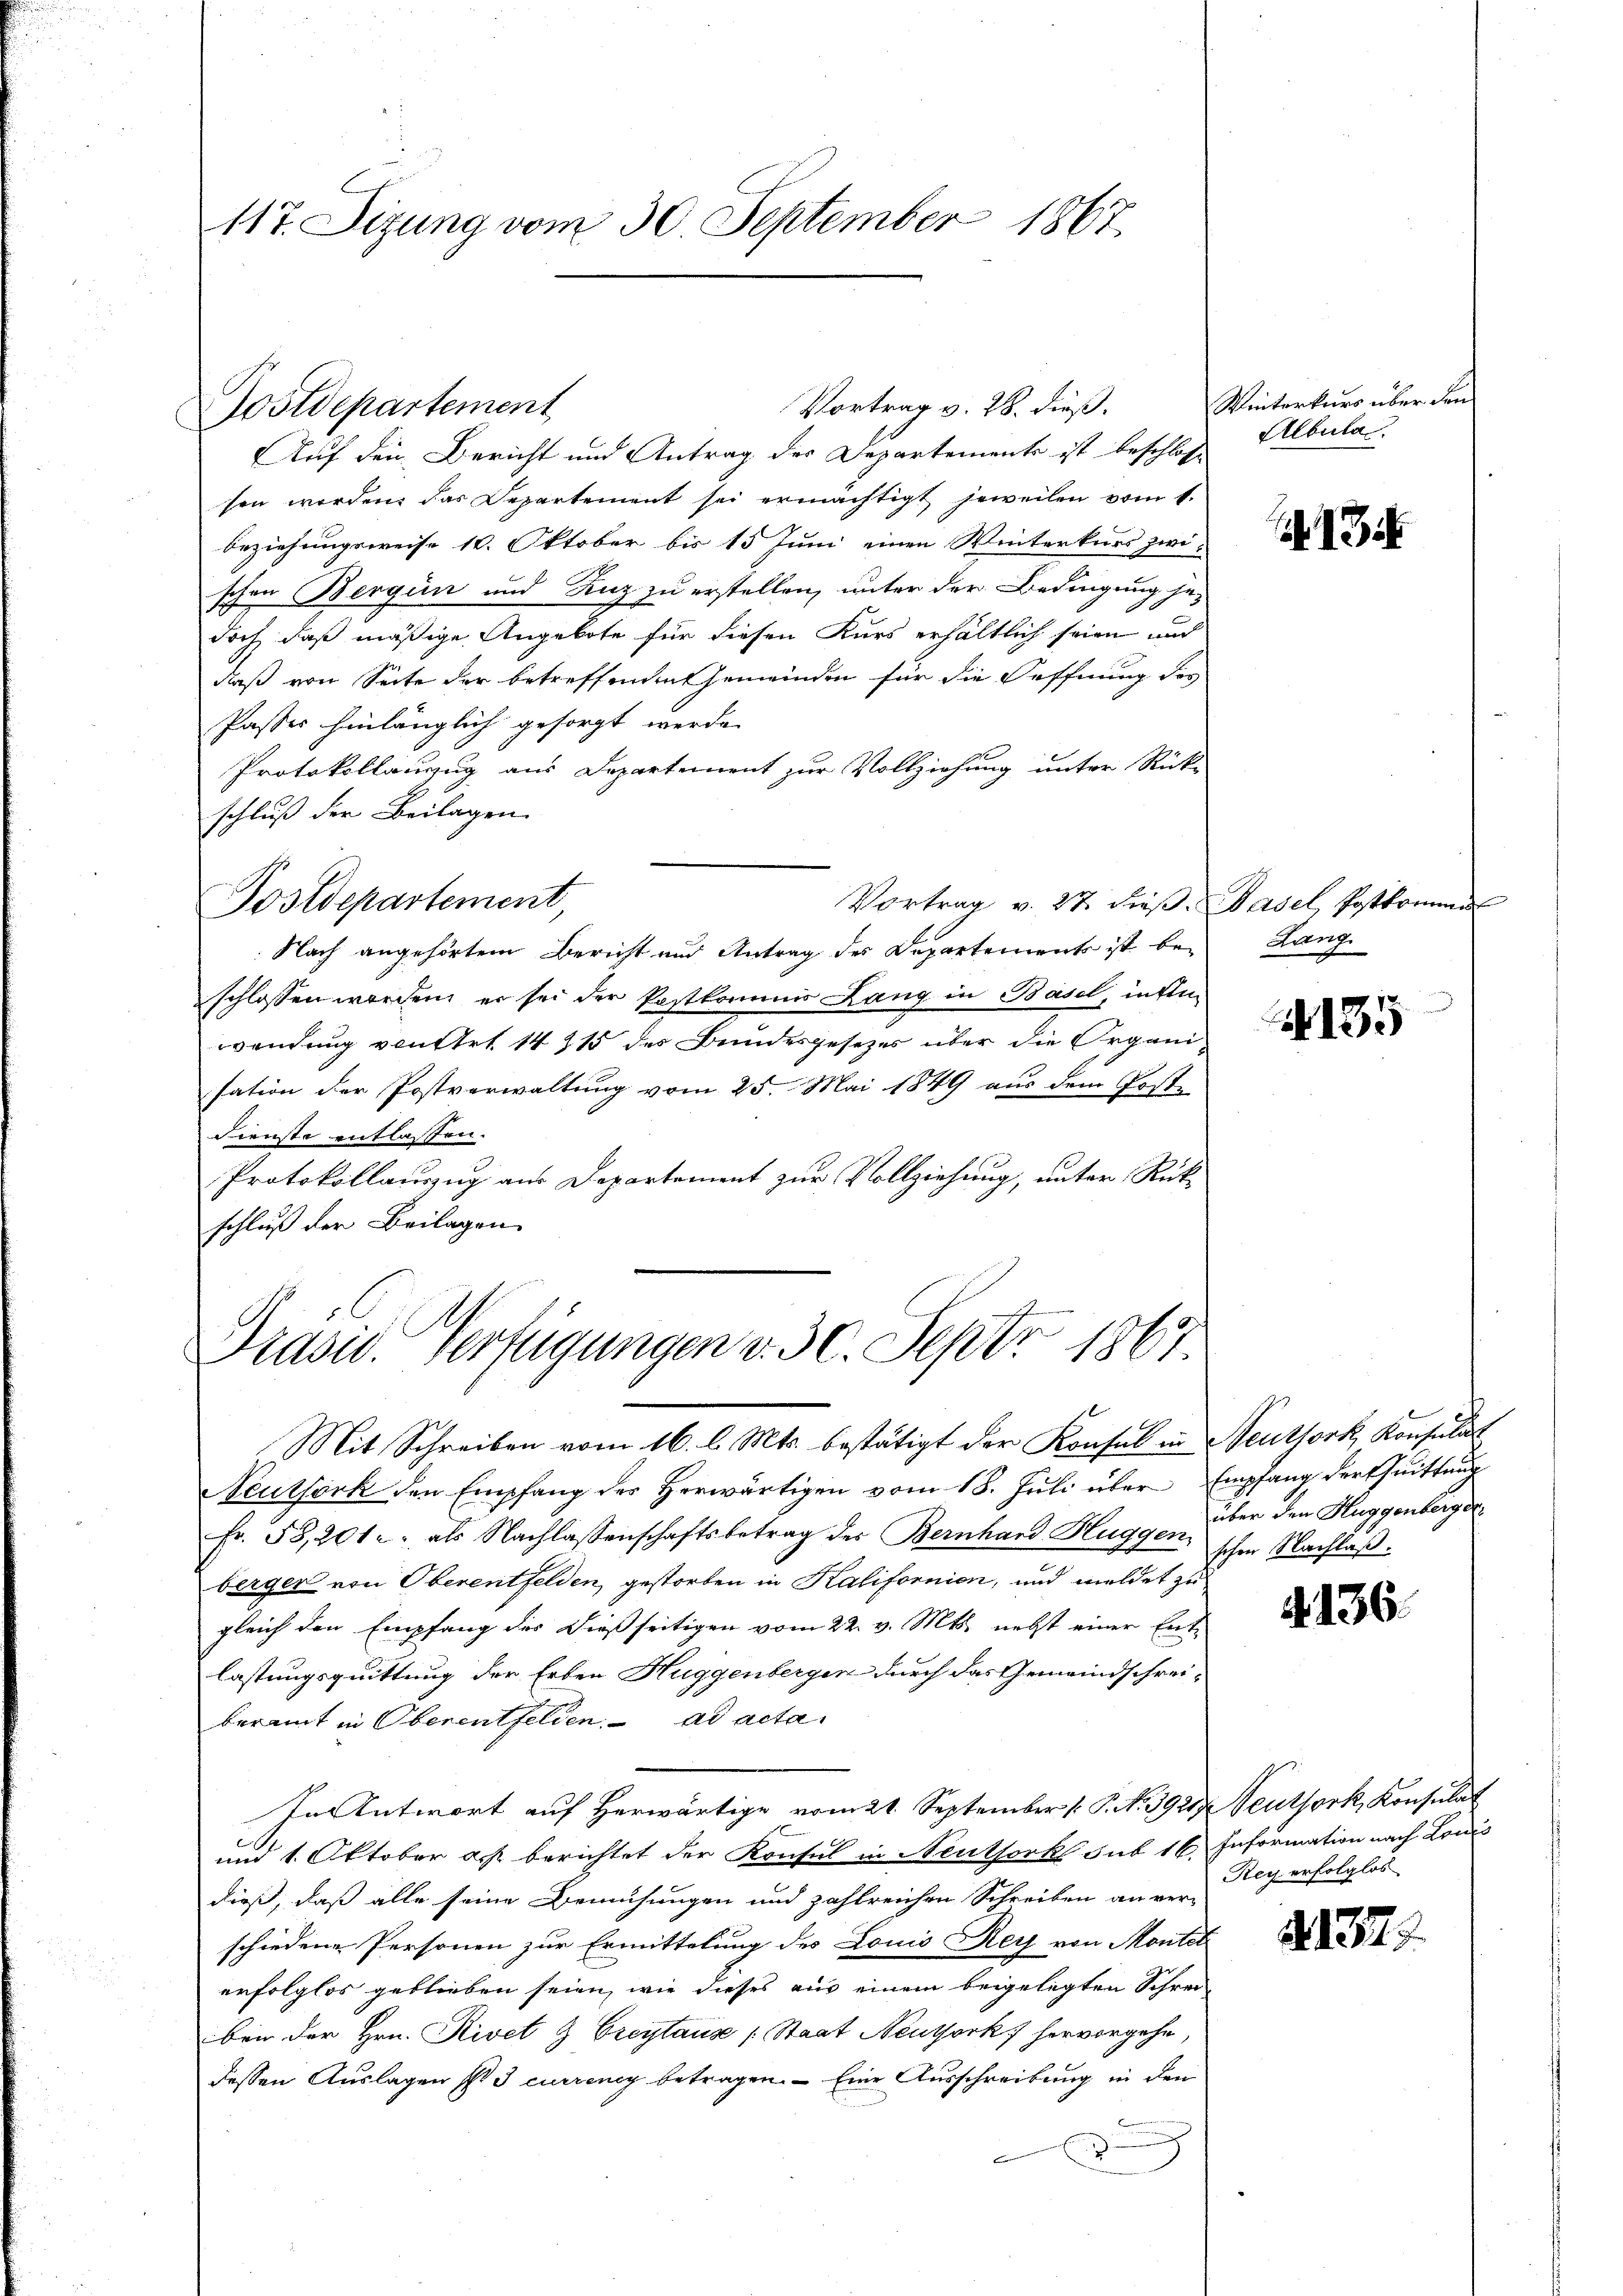
117. Sitzung vom 30. September 1867.

Postdepartement

Auf den Bericht und Antrag der Departements ist beschloss
sen worden, das Departement sei ermächtigt jeweilen vom 1.
beziehungsweise 10. Oktober bis 15 Juni einen Winterkurs zwi-
schen Bergün und Kuz zu erstellen, unter der Bedingung jedoch, daß mäßige Angebote für diesen Kurs erhältlich seien und
daß von Seite der betreffenden Gemeinden für die Oeffnung des
Passes hinlänglich gesorgt werde.
Protokollanzug aus Departement zur Vollziehung unter Rück-
schluß der Beilagen
Vortrag v. 27. dieß. Basel, Postkomme
Postdepartement,
Nach angehörtem Bericht und Antrag des Departements ist beschlossen worden, er sei der Postkommis Lang in Basel, intim
wendung von Art. 14315 des Bundesgesezes über die Organisation der Postverwaltung vom 25. Mai 1849 aus dem Poste
Dienste entlassen.
Protokollauszug aus Departement zur Vollziehung, unter Rück-
schluß der Beilagen

Vortrag v. 28. dieß.

Präsid. Verfügungen v. 30. Sept 1867.

Mit Schreiben vom 16. l. Mts. bestätigt der Konsul in Neuthork Konsulat
Neutförk den Empfang der herwärtigen vom 18. Jŭli über Empfang der Quittung

Winterkurs über den
Albula

Fr. 58, 201 als Nachlassenschaftsbetrag des Bernhard Huggen, schon Nachlaßberger von Oberentfelden, gestorben in Kalifornien, und meldet zu
gleich den Empfang des dießseitigen vom 22. v. Mts. nebst einer Ent-
lastungsquittung der Erben Huggenbergen durch das Gemeindschrei-
beramt in Oberentfelden. ad acta
In Antwort auf herwärtige vom 21. September 1 P. N. 392. Teutjork, Konsulat
b
und 1. Oktober a. berichtet der Konsul in Neuthork sub 16. Information nach Louis
dieß, daß alle seine Bemühungen und zahlreichen Schreiben an verschiedene Personen zur Ermittelung des Louis Rey von Montel
erfolglos geblieben seien, wie dieses aus einem beigelegten Schrei-
ben der Hrn. Rivet & Greytaus [Staat Neuthork hervorgehe,
dessen Auslagen s. 3 currency betragen. Eine Ausschreibung in den
e

13

Lang

135

über den Huggenberger

2136.

Rey erfolglos

21379.